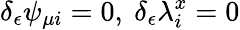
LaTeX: \delta_{\epsilon}\psi_{\mu i}=0,\ \delta_{\epsilon}\lambda_{i}^{x}=0